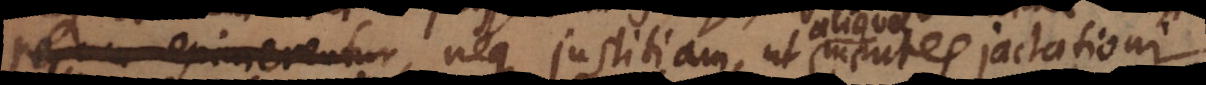
eximerentur, neque justitiam, ut mentes jactationi